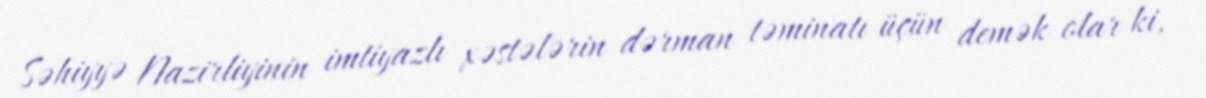
Səhiyyə Nazirliyinin imtiyazlı xəstələrin dərman təminatı üçün demək olar ki,